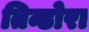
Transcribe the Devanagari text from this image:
तिन्डोरा